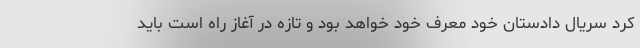
کرد سریال دادستان خود معرف خود خواهد بود و تازه در آغاز راه است باید